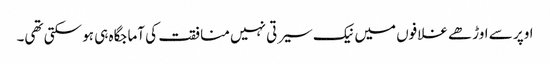
اوپر سے اوڑھے غلافوں میں نیک سیرتی نہیں منافقت کی آماجگاہ ہی ہو سکتی تھی۔